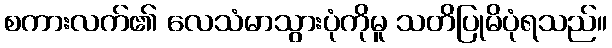
စကားလက်၏ လေသံမာသွားပုံကိုမူ သတိပြုမိပုံရသည်။